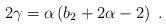
\begin{align*}2\gamma= \alpha \left(b_2 + 2\alpha -2\right)\ .\end{align*}